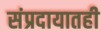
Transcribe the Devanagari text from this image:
संप्रदायातही